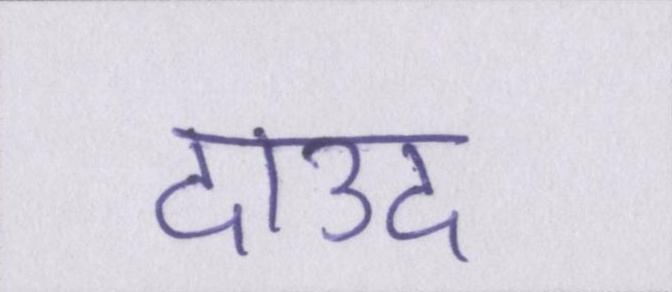
दाउद